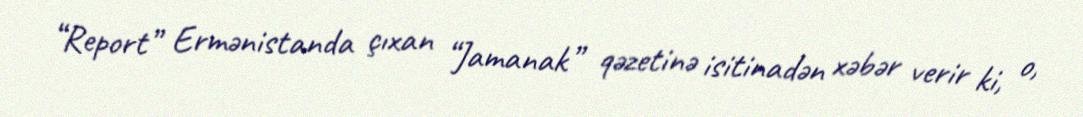
“Report” Ermənistanda çıxan “Jamanak” qəzetinə isitinadən xəbər verir ki, o,